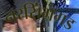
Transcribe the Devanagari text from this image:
नरसिंगगड